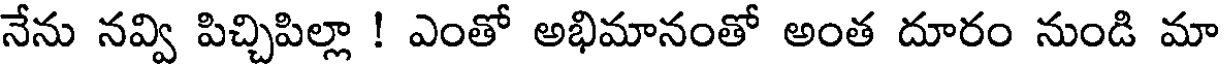
నేను నవ్వి పిచ్చిపిల్లా ! ఎంతో అభిమానంతో అంత దూరం నుండి మా